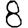
Digit: 8